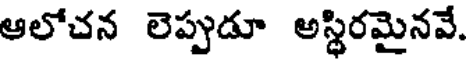
ఆలోచన లెప్పుడూ అస్థిరమైనవే.